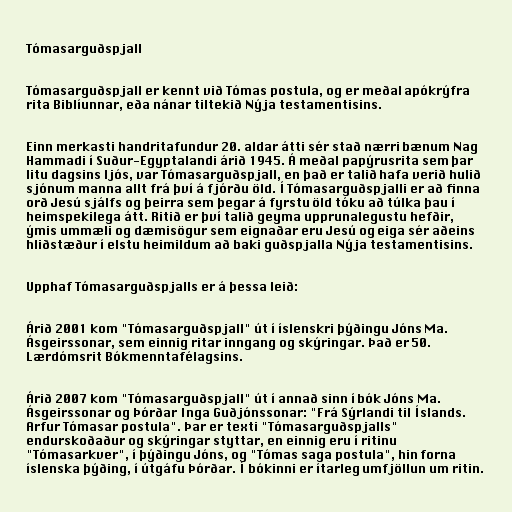
Tómasarguðspjall

Tómasarguðspjall er kennt við Tómas postula, og er meðal apókrýfra
rita Biblíunnar, eða nánar tiltekið Nýja testamentisins.

Einn merkasti handritafundur 20. aldar átti sér stað nærri bænum Nag
Hammadi í Suður-Egyptalandi árið 1945. Á meðal papýrusrita sem þar
litu dagsins ljós, var Tómasarguðspjall, en það er talið hafa verið hulið
sjónum manna allt frá því á fjórðu öld. Í Tómasarguðspjalli er að finna
orð Jesú sjálfs og þeirra sem þegar á fyrstu öld tóku að túlka þau í
heimspekilega átt. Ritið er því talið geyma upprunalegustu hefðir,
ýmis ummæli og dæmisögur sem eignaðar eru Jesú og eiga sér aðeins
hliðstæður í elstu heimildum að baki guðspjalla Nýja testamentisins.

Upphaf Tómasarguðspjalls er á þessa leið:

Árið 2001 kom "Tómasarguðspjall" út í íslenskri þýðingu Jóns Ma.
Ásgeirssonar, sem einnig ritar inngang og skýringar. Það er 50.
Lærdómsrit Bókmenntafélagsins.

Árið 2007 kom "Tómasarguðspjall" út í annað sinn í bók Jóns Ma.
Ásgeirssonar og Þórðar Inga Guðjónssonar: "Frá Sýrlandi til Íslands.
Arfur Tómasar postula". Þar er texti "Tómasarguðspjalls"
endurskoðaður og skýringar styttar, en einnig eru í ritinu
"Tómasarkver", í þýðingu Jóns, og "Tómas saga postula", hin forna
íslenska þýðing, í útgáfu Þórðar. Í bókinni er ítarleg umfjöllun um ritin.